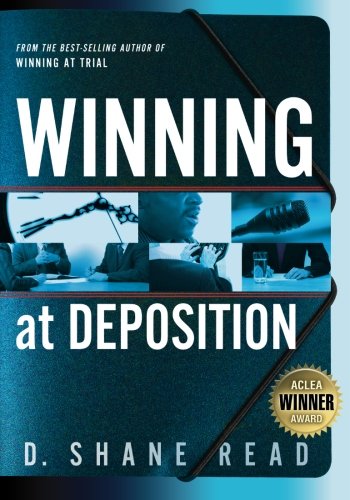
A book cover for Winning at Deposition: (Winner of ACLEA's Highest Award for Professional Excellence); D. Shane Read; Law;